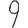
Digit: 9